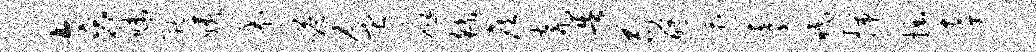
旁味茕姨养嗒盆应繇侯瓮告苟醵遭霞眠揣掘李